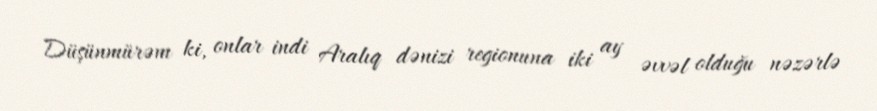
Düşünmürəm ki, onlar indi Aralıq dənizi regionuna iki ay əvvəl olduğu nəzərlə